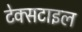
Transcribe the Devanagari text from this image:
टेक्‍सटाइल